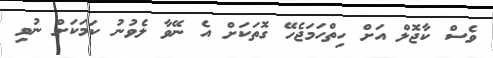
ވެސް ކާޖޮލް އަށް ހިތްހަމަޖެހޭ ގޮތަކަށް އެ ނޭވާ ލެވުނު ކަމަކަށް ނުވި